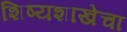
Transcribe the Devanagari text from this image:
शिष्यशाखेचा